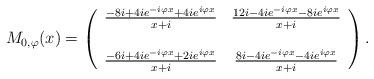
LaTeX: \begin{align*}M_{0, \varphi}(x) =\left(\begin{array}{cc}\frac{-8 i + 4 i e^{- i \varphi x} + 4 i e^{i \varphi x}}{x + i} & \frac{12 i - 4 i e^{- i \varphi x} - 8 i e^{i \varphi x}}{x + i} \\& \\\frac{- 6 i + 4 i e^{- i \varphi x} + 2 i e^{i \varphi x}}{x + i} & \frac{8 i - 4 i e^{- i \varphi x} - 4 i e^{i \varphi x}}{x + i}\end{array}\right).\end{align*}